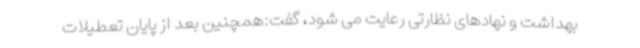
بهداشت و نهادهای نظارتی رعایت می شود، گفت:همچنین بعد از پایان تعطیلات